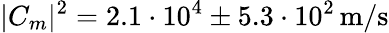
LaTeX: |C_{m}|^{2}=2.1\cdot 10^{4}\pm 5.3\cdot 10^{2}\, \mathrm{m/s}